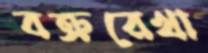
বক্ররেখা